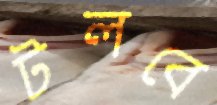
টলবে